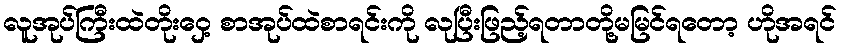
လူအုပ်ကြီးထဲတိုးဝှေ့ စာအုပ်ထဲစာရင်းကို လုပြီးဖြည့်ရတာတို့မမြင်ရတော့ ဟိုအရင်